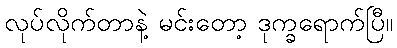
လုပ်လိုက်တာနဲ့ မင်းတော့ ဒုက္ခရောက်ပြီ။